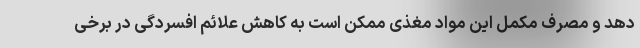
دهد و مصرف مکمل این مواد مغذی ممکن است به کاهش علائم افسردگی در برخی